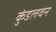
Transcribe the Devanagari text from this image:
कुंडलवन